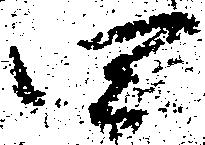
四